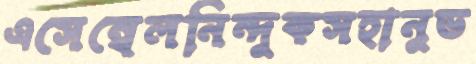
এসেম্বেলনিন্দুকসহানুভ